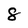
Character: 8